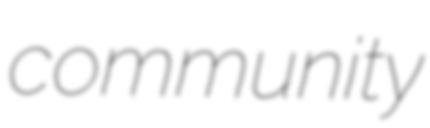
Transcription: community